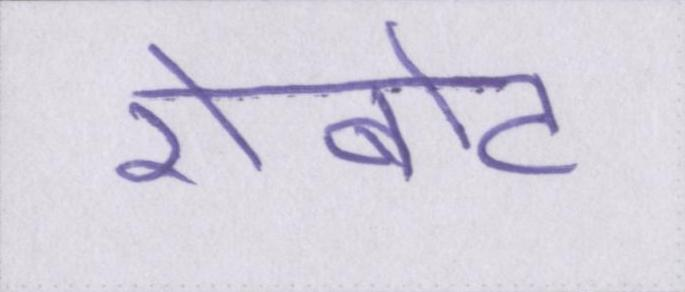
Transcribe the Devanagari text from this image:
रोबोट